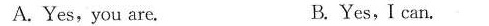
A.Yes,you are. B.Yes,I can.